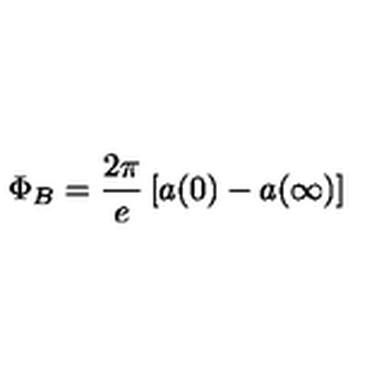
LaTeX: \Phi _ { B } = \frac { 2 \pi } e \left[ a ( 0 ) - a ( \infty ) \right]